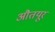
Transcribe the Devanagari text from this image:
औतयूर